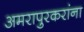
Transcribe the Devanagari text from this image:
अमरापुरकरांना